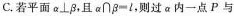
C.若平面\alpha \perp \beta ，且\alpha \cap \beta =l，则过\alpha 内一点P与